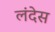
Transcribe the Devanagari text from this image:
लंदेस